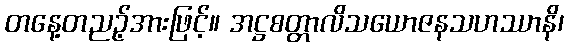
တနေ့တညဉ့်အားဖြင့်။ အဋ္ဌစတ္တာလိသယောဇနသဟဿာနိ၊